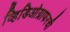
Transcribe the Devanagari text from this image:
व्हिडिओग्राफरची